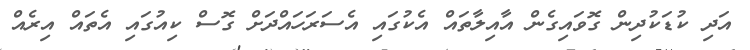
އަދި ކުޑަކުދިން ގޮވައިގެން އާއިލާތައް އެކުގައި އެސަރަހައްދަށް ގޮސް ކިއުގައި އެތައް އިރެއް